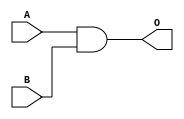
`timescale 1ns / 1ps
module AND(
	input A,B,
	output O
	);
	
	assign O = A & B;

endmodule